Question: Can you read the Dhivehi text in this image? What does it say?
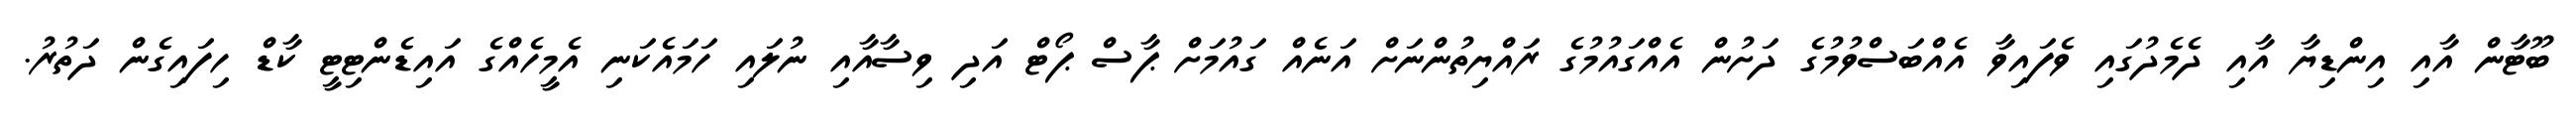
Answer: ބޫޓާން އާއި އިންޑިޔާ އާއި ދެމެދުގައި ވެފައިވާ އެއްބަސްވުމުގެ ދަށުން އެއްގައުމުގެ ރައްޔިތުންނަށް އަނެއް ގައުމަށް ޕާސް ޕޯޓް އަދި ވިސާއާއި ނުލައި ހަމައެކަނި އެމީހެއްގެ އައިޑެންޓިޓީ ކާޑް ހިފައިގެން ދަތުރު.